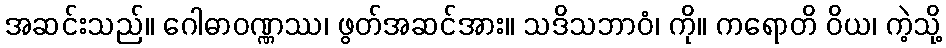
အဆင်းသည်။ ဂေါဓာဝဏ္ဏဿ၊ ဖွတ်အဆင်အား။ သဒိသဘာဝံ၊ ကို။ ကရောတိ ဝိယ၊ ကဲ့သို့